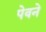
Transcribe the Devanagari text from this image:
पेवने